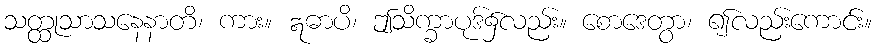
သတ္ထုသာသနေနာတိ၊ ကား။ ဣဓာပိ၊ ဤသိက္ခာပုဒ်၌လည်း။ စောဒေတွာ၊ ၍လည်းကောင်း။